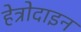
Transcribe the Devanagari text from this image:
हेत्रोदाइन